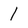
Character: 1